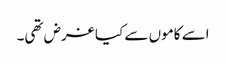
اسے کاموں سے کیا غرض تھی۔